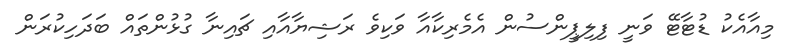
މިއާއެކު ޑުޓާޓޭ ވަނީ ފިލިޕީންސުން އެމެރިކާއާ ވަކިވެ ރަޝިޔާއާއި ޗައިނާ ގުޅުންތައް ބަދަހިކުރަން